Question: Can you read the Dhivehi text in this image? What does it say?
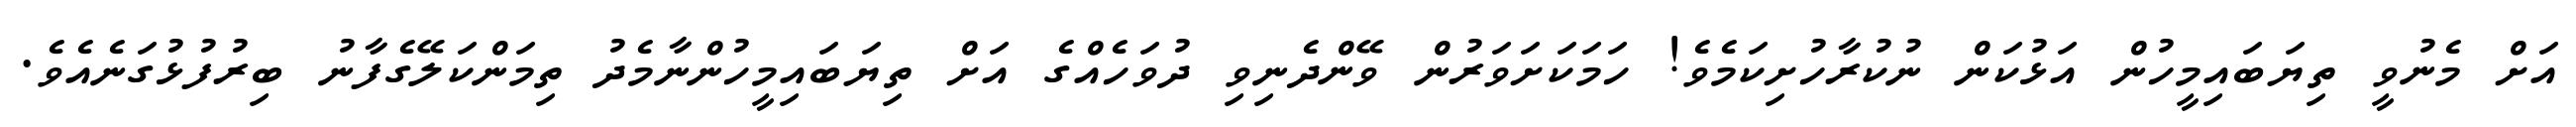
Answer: އަށް މެނުވީ ތިޔަބައިމީހުން އަޅުކަން ނުކުރާހުށިކަމެވެ! ހަމަކަށަވަރުން ވޭންދެނިވި ދުވަހެއްގެ އަށް ތިޔަބައިމީހުންނާމެދު ތިމަންކަލޭގެފާނު ބިރުފުޅުގަނެއެވެ.